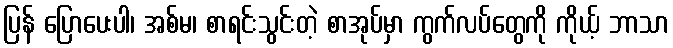
ပြန် ပြောပေးပါ၊ အစ်မ၊ စာရင်းသွင်းတဲ့ စာအုပ်မှာ ကွက်လပ်တွေကို ကိုယ့် ဘာသာ